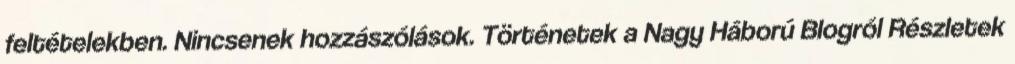
feltételekben. Nincsenek hozzászólások. Történetek a Nagy Háború Blogról Részletek